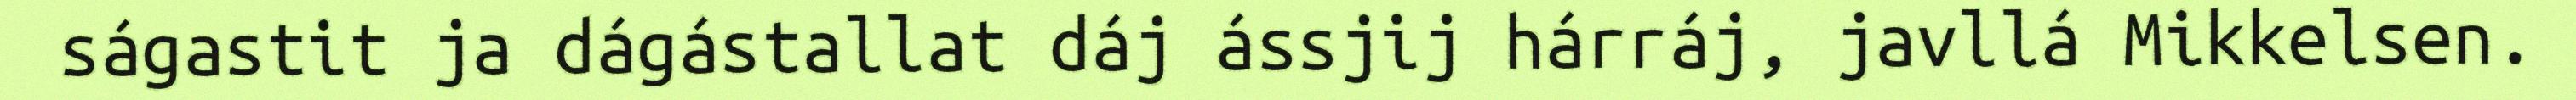
ságastit ja dágástallat dáj ássjij hárráj, javllá Mikkelsen.